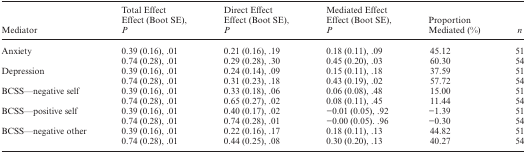
<table><thead><tr><td><b>Mediator</b></td><td><b>Total EffectEffect (Boot SE), <i>P</i></b></td><td><b>Direct EffectEffect (Boot SE), <i>P</i></b></td><td><b>Mediated EffectEffect (Boot SE), <i>P</i></b></td><td><b>Proportion Mediated (%)</b></td><td><b><i>n</i></b></td></tr></thead><tbody><tr><td rowspan="2">Anxiety</td><td>0.39 (0.16), .01</td><td>0.21 (0.16), .19</td><td>0.18 (0.11), .09</td><td>45.12</td><td>51</td></tr><tr><td>0.74 (0.28), .01</td><td>0.29 (0.28), .30</td><td>0.45 (0.20), .03</td><td>60.30</td><td>54</td></tr><tr><td rowspan="2">Depression</td><td>0.39 (0.16), .01</td><td>0.24 (0.14), .09</td><td>0.15 (0.11), .18</td><td>37.59</td><td>51</td></tr><tr><td>0.74 (0.28), .01</td><td>0.31 (0.23), .18</td><td>0.43 (0.19), .02</td><td>57.72</td><td>54</td></tr><tr><td rowspan="2">BCSS—negative self</td><td>0.39 (0.16), .01</td><td>0.33 (0.18), .06</td><td>0.06 (0.08), .48</td><td>15.00</td><td>51</td></tr><tr><td>0.74 (0.28), .01</td><td>0.65 (0.27), .02</td><td>0.08 (0.11), .45</td><td>11.44</td><td>54</td></tr><tr><td rowspan="2">BCSS—positive self</td><td>0.39 (0.16), .01</td><td>0.40 (0.17), .02</td><td>−0.01 (0.05), .92</td><td>−1.39</td><td>51</td></tr><tr><td>0.74 (0.28), .01</td><td>0.74 (0.28), .01</td><td>−0.00 (0.05). .96</td><td>−0.30</td><td>54</td></tr><tr><td rowspan="2">BCSS—negative other</td><td>0.39 (0.16), .01</td><td>0.22 (0.16), .17</td><td>0.18 (0.11), .13</td><td>44.82</td><td>51</td></tr><tr><td>0.74 (0.28), .01</td><td>0.44 (0.25), .08</td><td>0.30 (0.20), .13</td><td>40.27</td><td>54</td></tr></tbody></table>